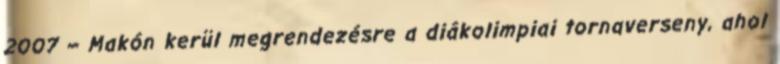
2007 – Makón kerül megrendezésre a diákolimpiai tornaverseny, ahol